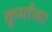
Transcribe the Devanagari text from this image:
कूर्मांच्या